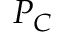
P _ { C }